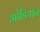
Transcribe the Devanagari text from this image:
ओडियान